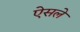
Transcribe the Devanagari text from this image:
ऐसले